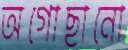
অগোছানো